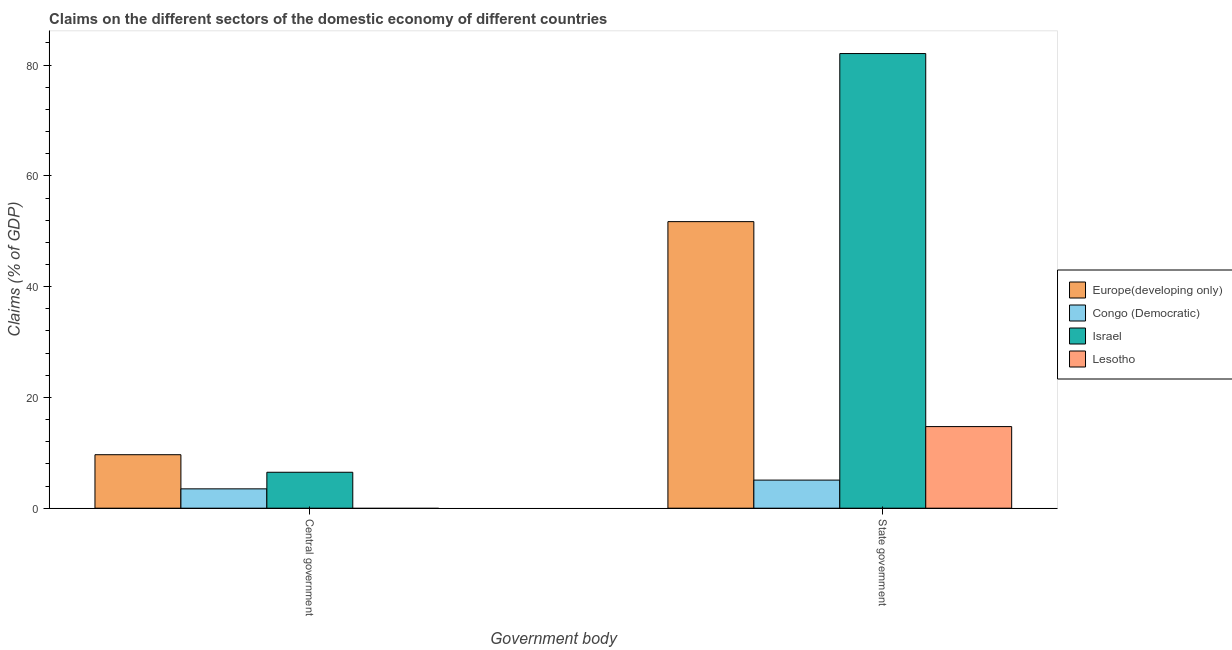
| Government body | Europe(developing only) | Congo (Democratic) | Israel | Lesotho |
 | --- | --- | --- | --- | --- |
 | Central government | 9.66 | 3.49 | 6.49 | -14 |
 | State government | 51.7 | 5.07 | 82.1 | 14.7 |